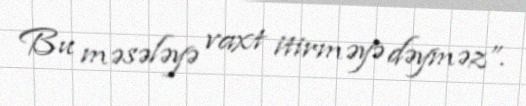
Bu məsələyə vaxt itirməyə dəyməz”.